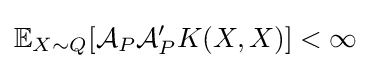
\mathbb {E} _{X\sim Q}[{\mathcal {A}}_{P}{\mathcal {A}}_{P}'K(X,X)]<\infty